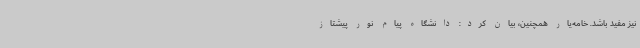
نیز مفید باشد. خامه‌یار همچنین، بیان کرد: دانشگاه پیام نور پیشتاز